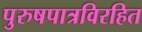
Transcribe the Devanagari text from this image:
पुरुषपात्रविरहित